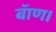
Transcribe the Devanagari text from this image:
बॅाण।